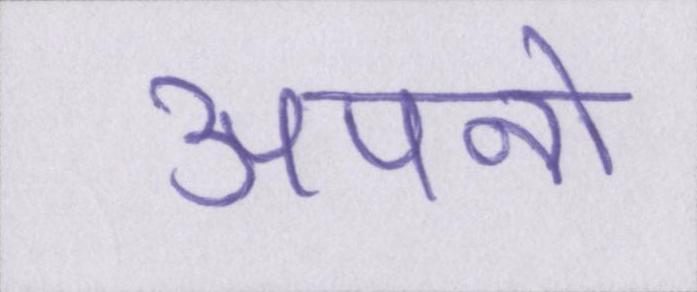
अपनो